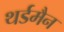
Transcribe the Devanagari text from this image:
थर्डमैन